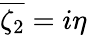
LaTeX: \overline{{\zeta_{2}}}=i\eta